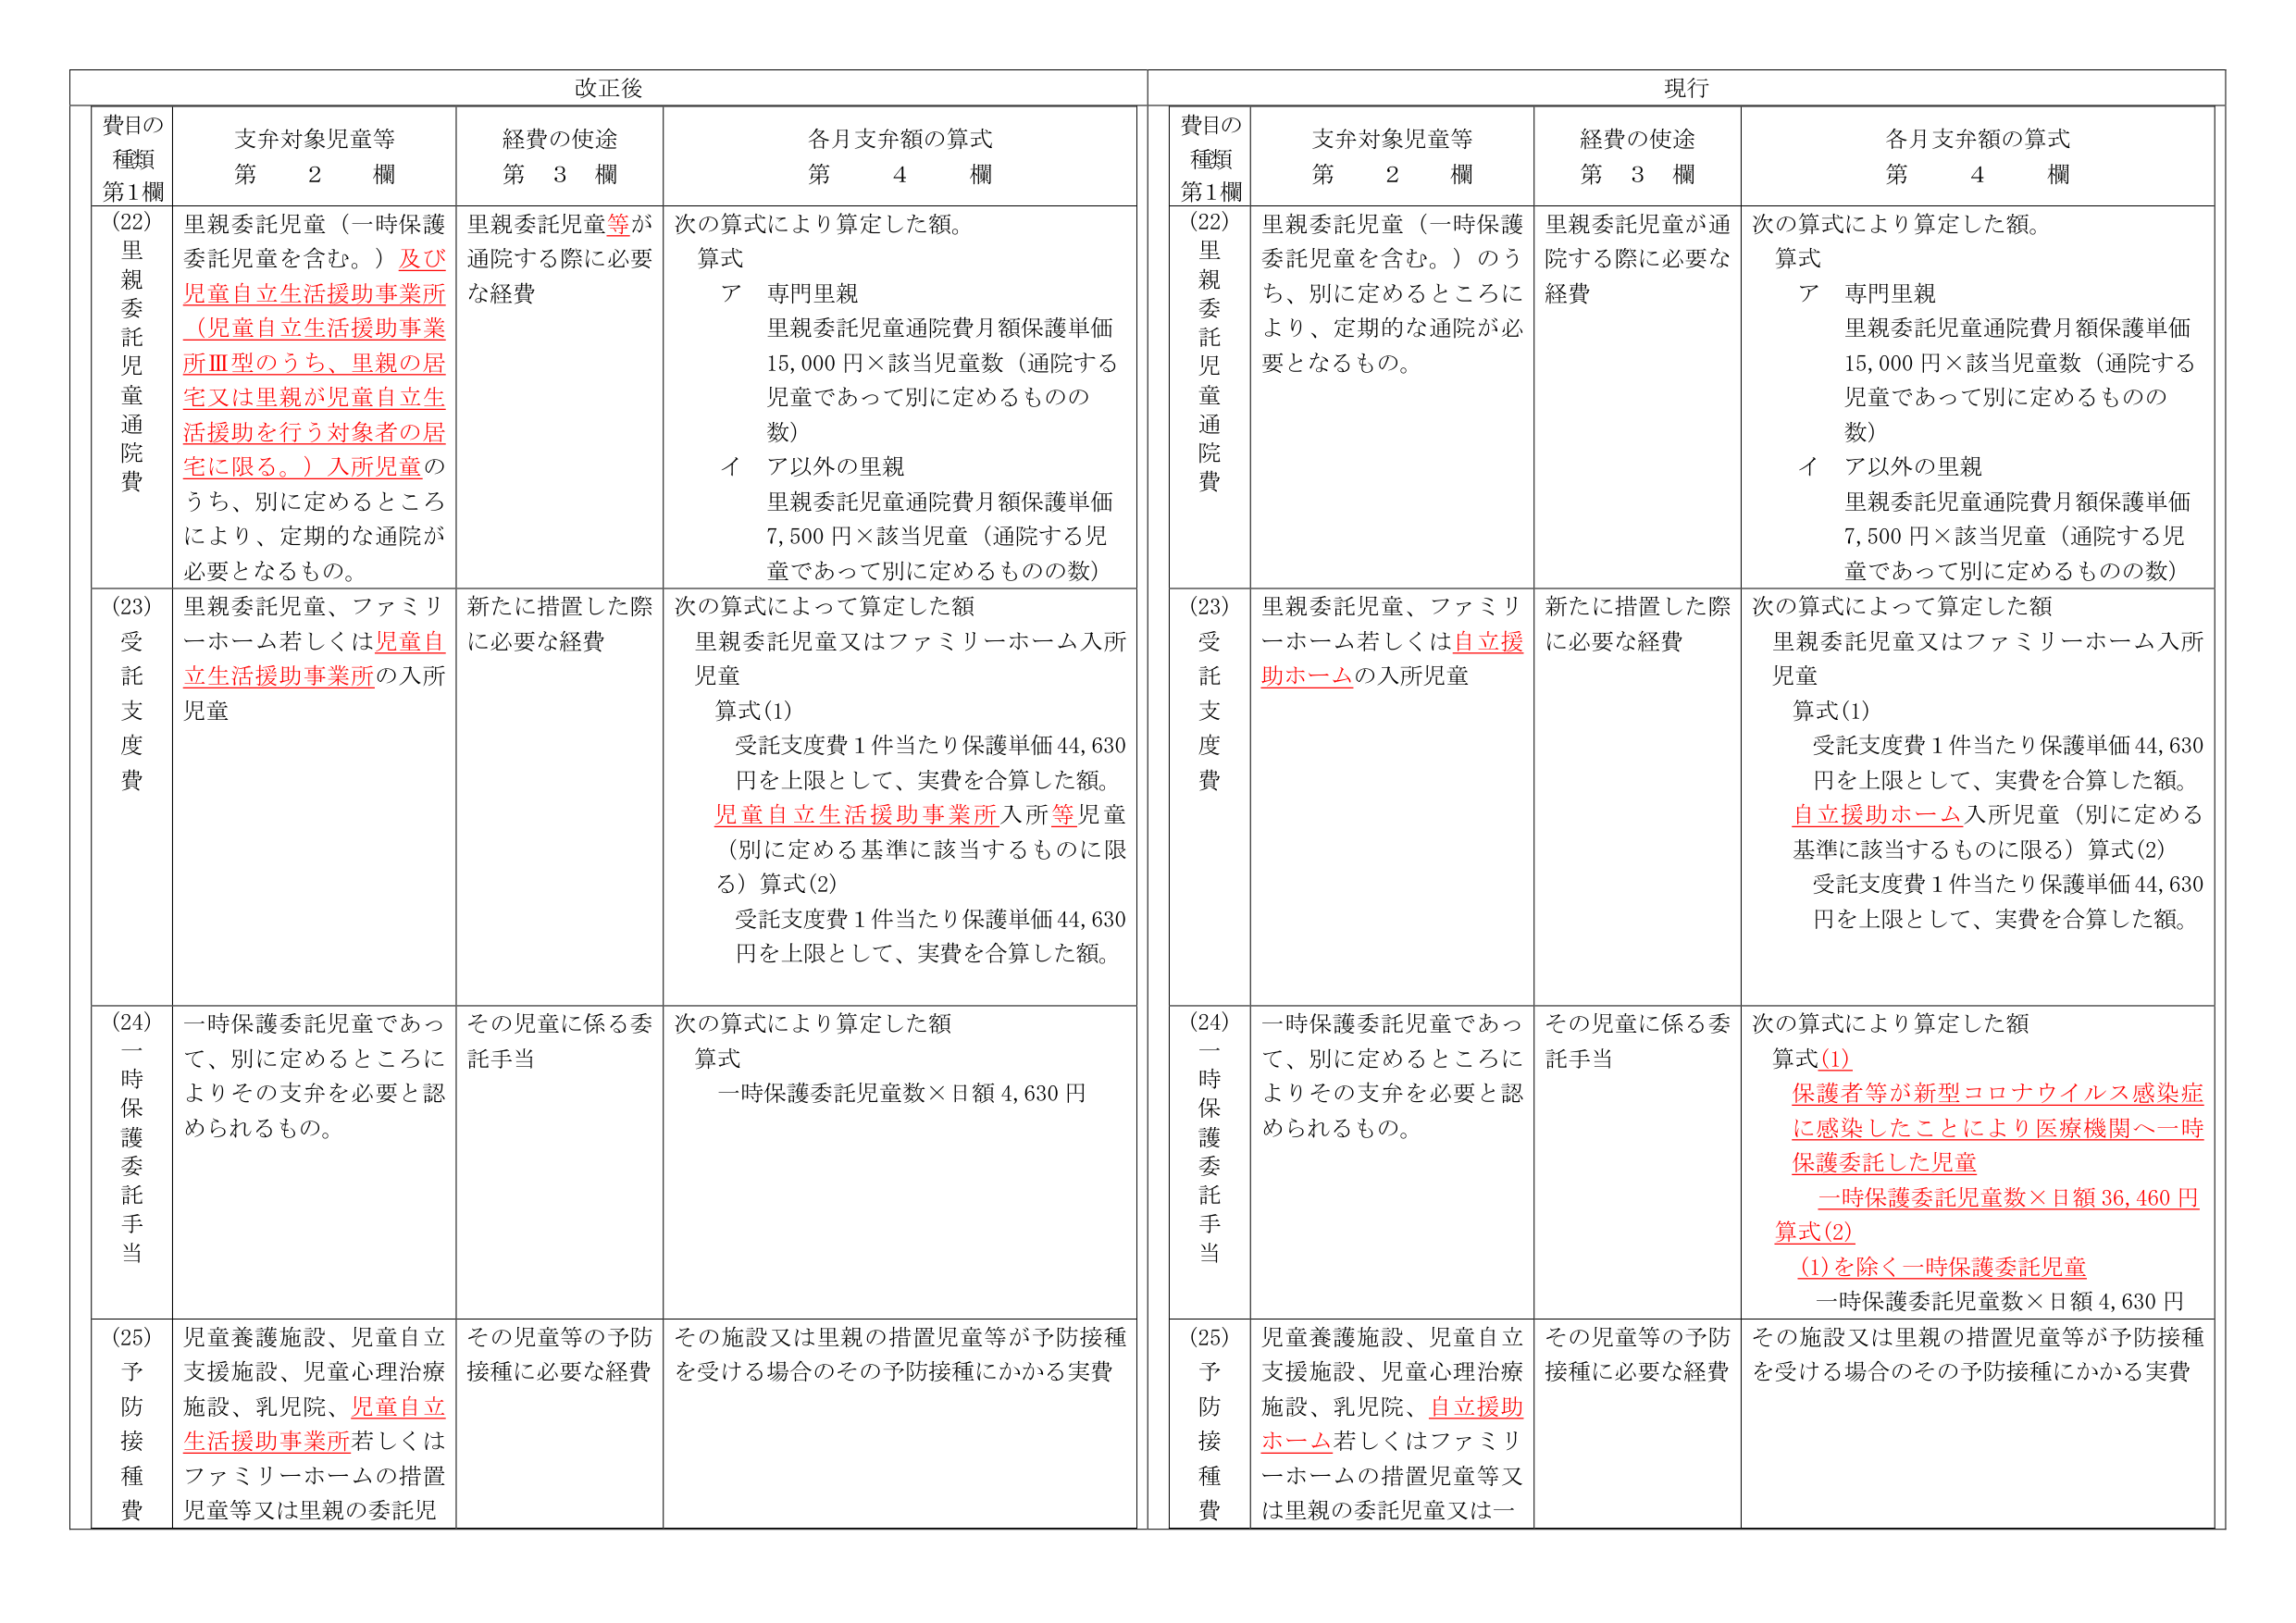
改正後

費目の種類 第1欄
(22) 里親委託児童通院費
(23) 受託支度費
(24) 一時保護委託手当
(25) 予防接種費

支弁対象児童等 第2欄
(22) 里親委託児童（一時保護委託児童を含む。）及び児童自立生活援助事業所（児童自立生活援助事業所Ⅲ型のうち、里親の居宅又は里親が児童自立生活援助を行う対象者の居宅に限る。）入所児童のうち、別に定めるところにより、定期的な通院が必要となるもの。
(23) 里親委託児童、ファミリーホーム若しくは児童自立生活援助事業所の入所児童
(24) 一時保護委託児童であって、別に定めるところによりその支弁を必要と認められるもの。
(25) 児童養護施設、児童自立支援施設、児童心理治療施設、乳児院、児童自立生活援助事業所若しくはファミリーホームの措置児童等又は里親の委託児

経費の使途 第3欄
(22) 里親委託児童等が通院する際に必要な経費
(23) 新たに措置した際に必要な経費
(24) その児童に係る委託手当
(25) その児童等の予防接種に必要な経費

各月支弁額の算式 第4欄
(22) 次の算式により算定した額。
　　算式
　　　ア 専門里親
　　　　　里親委託児童通院費月額保護単価 15,000円×該当児童数（通院する児童であって別に定めるものの数）
　　　イ ア以外の里親
　　　　　里親委託児童通院費月額保護単価 7,500円×該当児童（通院する児童であって別に定めるものの数）
(23) 次の算式によって算定した額
　　里親委託児童又はファミリーホーム入所児童
　　算式(1)
　　　受託支度費1件当たり保護単価44,630円を上限として、実費を合算した額。
　　児童自立生活援助事業所入所等児童（別に定める基準に該当するものに限る）算式(2)
　　　受託支度費1件当たり保護単価44,630円を上限として、実費を合算した額。
(24) 次の算式により算定した額
　　算式
　　　一時保護委託児童数×日額4,630円
(25) その施設又は里親の措置児童等が予防接種を受ける場合のその予防接種にかかる実費

現行

費目の種類 第1欄
(22) 里親委託児童通院費
(23) 受託支度費
(24) 一時保護委託手当
(25) 予防接種費

支弁対象児童等 第2欄
(22) 里親委託児童（一時保護委託児童を含む。）のうち、別に定めるところにより、定期的な通院が必要となるもの。
(23) 里親委託児童、ファミリーホーム若しくは自立援助ホームの入所児童
(24) 一時保護委託児童であって、別に定めるところによりその支弁を必要と認められるもの。
(25) 児童養護施設、児童自立支援施設、児童心理治療施設、乳児院、自立援助ホーム若しくはファミリーホームの措置児童等又は里親の委託児童又は一

経費の使途 第3欄
(22) 里親委託児童が通院する際に必要な経費
(23) 新たに措置した際に必要な経費
(24) その児童に係る委託手当
(25) その児童等の予防接種に必要な経費

各月支弁額の算式 第4欄
(22) 次の算式により算定した額。
　　算式
　　　ア 専門里親
　　　　　里親委託児童通院費月額保護単価 15,000円×該当児童数（通院する児童であって別に定めるものの数）
　　　イ ア以外の里親
　　　　　里親委託児童通院費月額保護単価 7,500円×該当児童（通院する児童であって別に定めるものの数）
(23) 次の算式によって算定した額
　　里親委託児童又はファミリーホーム入所児童
　　算式(1)
　　　受託支度費1件当たり保護単価44,630円を上限として、実費を合算した額。
　　自立援助ホーム入所児童（別に定める基準に該当するものに限る）算式(2)
　　　受託支度費1件当たり保護単価44,630円を上限として、実費を合算した額。
(24) 次の算式により算定した額
　　算式(1)
　　　保護者等が新型コロナウイルス感染症に感染したことにより医療機関へ一時保護委託した児童
　　　一時保護委託児童数×日額36,460円
　　算式(2)
　　　(1)を除く一時保護委託児童
　　　一時保護委託児童数×日額4,630円
(25) その施設又は里親の措置児童等が予防接種を受ける場合のその予防接種にかかる実費